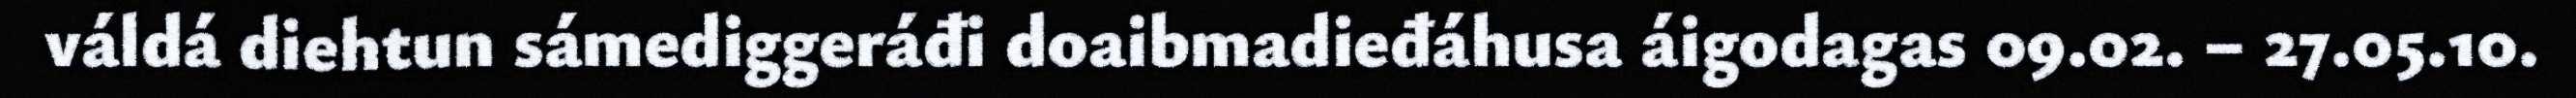
váldá diehtun sámediggeráđi doaibmadieđáhusa áigodagas 09.02. – 27.05.10.